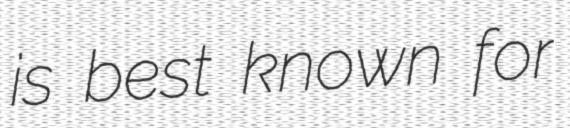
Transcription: is best known for